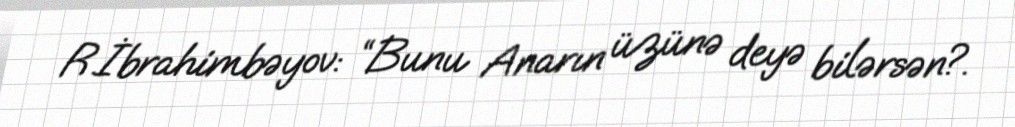
R.İbrahimbəyov: “Bunu Anarın üzünə deyə bilərsən?.